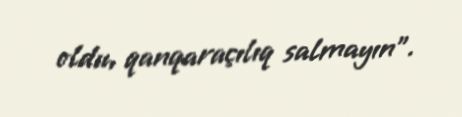
oldu, qanqaraçılıq salmayın”.